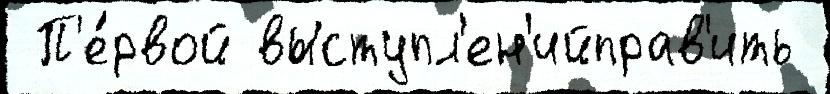
 П'е́рвой выступл'ен'ийправ'ить